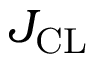
J _ { \mathrm { C L } }